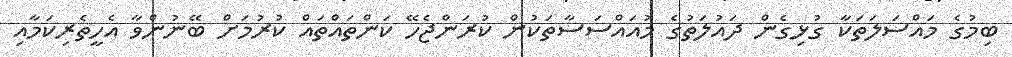
ބިމުގެ މައްސަލަތަކާ ގުޅިގެން ދައުލަތުގެ މުއައްސަސާތަކުން ކުރަންޖެހޭ ކަންތައްތައް ކުރުމަށް ބޭނުންވާ އެހީތެރިކަމާއި